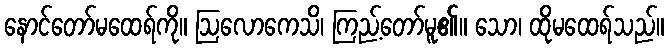
နောင်တော်မထေရ်ကို။ ဩလောကေသိ၊ ကြည့်တော်မူ၏။ သော၊ ထိုမထေရ်သည်။